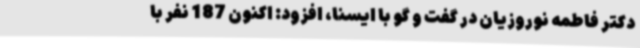
دکتر فاطمه نوروزیان در گفت و گو با ایسنا، افزود: اکنون 187 نفر با